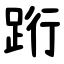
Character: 䟰